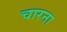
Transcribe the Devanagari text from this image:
चारना